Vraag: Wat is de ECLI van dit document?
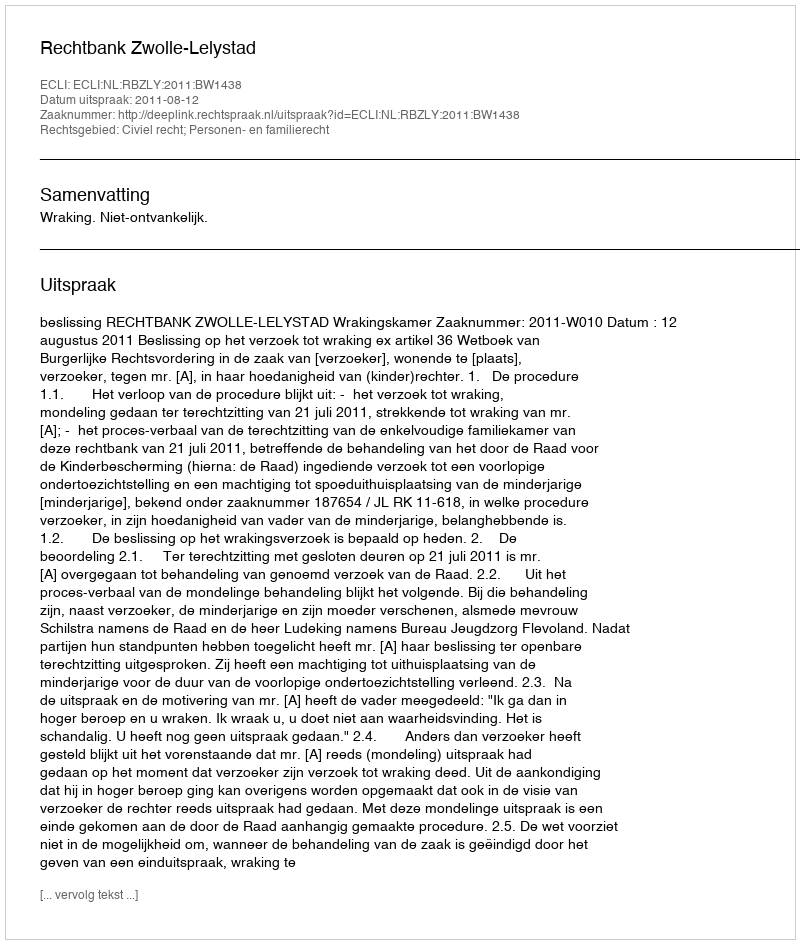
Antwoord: ECLI:NL:RBZLY:2011:BW1438